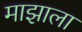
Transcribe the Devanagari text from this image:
माझाला